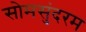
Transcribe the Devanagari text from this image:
सोमसुंदरम